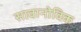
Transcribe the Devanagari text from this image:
सावानोविक